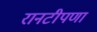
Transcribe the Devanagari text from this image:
रानटीपणा